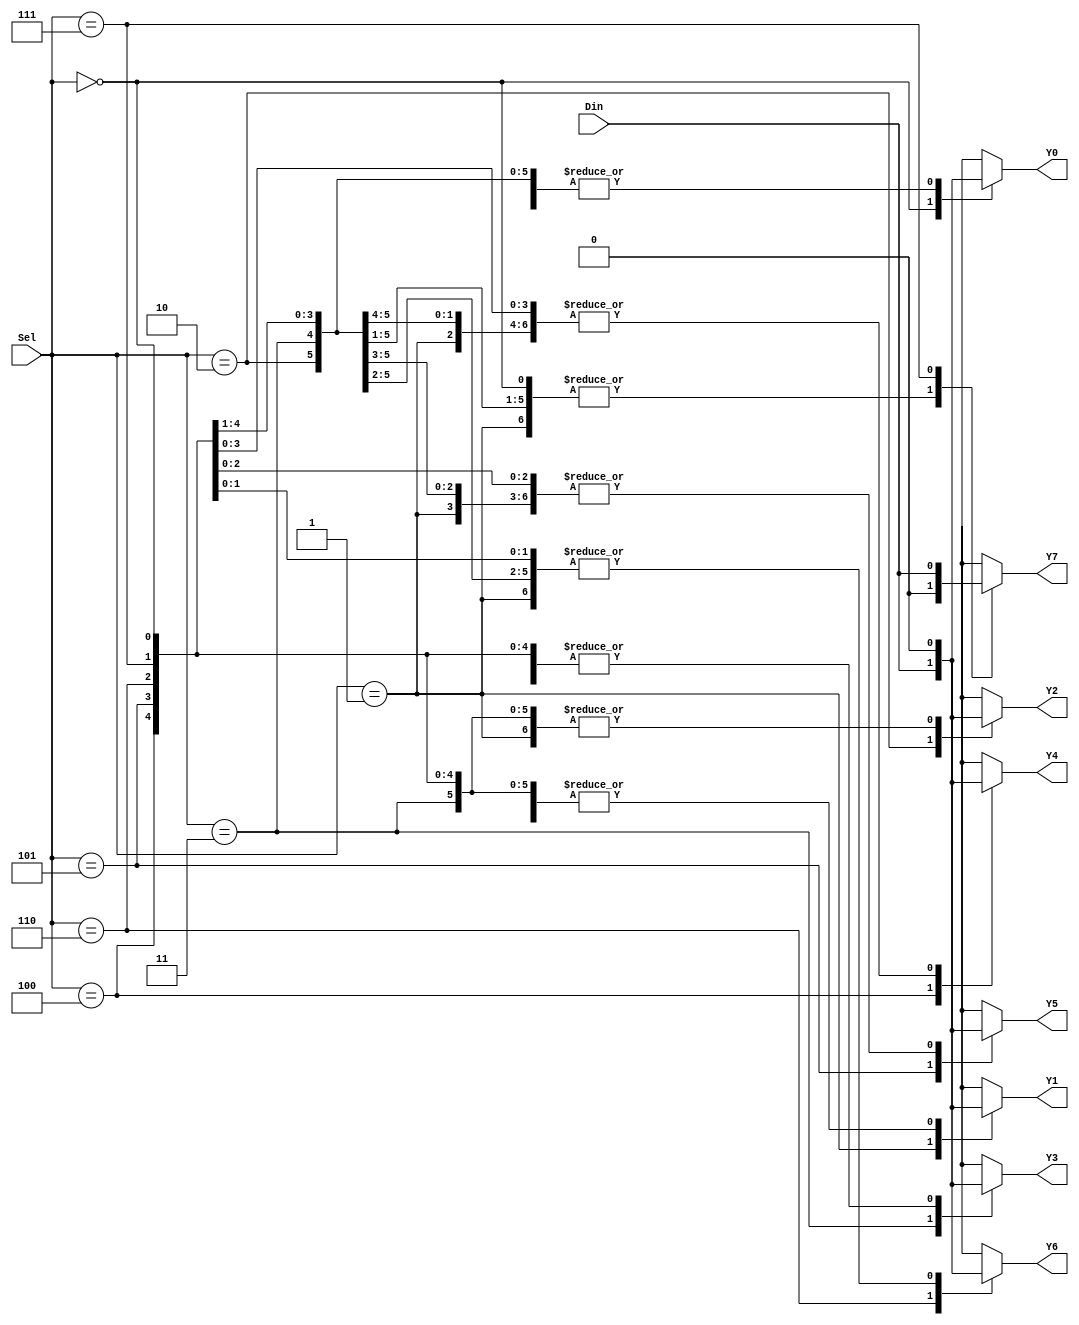
module demux(
    input [2:0] Sel,
    input Din,
    output reg Y0,
    output reg Y1,
    output reg Y2,
    output reg Y3,
    output reg Y4,
    output reg Y5,
    output reg Y6,
    output reg Y7
);

always @(*)
begin
    case(Sel)
        3'b000: begin
            Y0 = Din;
            Y1 = 0;
            Y2 = 0;
            Y3 = 0;
            Y4 = 0;
            Y5 = 0;
            Y6 = 0;
            Y7 = 0;
        end
        3'b001: begin
            Y0 = 0;
            Y1 = Din;
            Y2 = 0;
            Y3 = 0;
            Y4 = 0;
            Y5 = 0;
            Y6 = 0;
            Y7 = 0;
        end
        3'b010: begin
            Y0 = 0;
            Y1 = 0;
            Y2 = Din;
            Y3 = 0;
            Y4 = 0;
            Y5 = 0;
            Y6 = 0;
            Y7 = 0;
        end
        3'b011: begin
            Y0 = 0;
            Y1 = 0;
            Y2 = 0;
            Y3 = Din;
            Y4 = 0;
            Y5 = 0;
            Y6 = 0;
            Y7 = 0;
        end
        3'b100: begin
            Y0 = 0;
            Y1 = 0;
            Y2 = 0;
            Y3 = 0;
            Y4 = Din;
            Y5 = 0;
            Y6 = 0;
            Y7 = 0;
        end
        3'b101: begin
            Y0 = 0;
            Y1 = 0;
            Y2 = 0;
            Y3 = 0;
            Y4 = 0;
            Y5 = Din;
            Y6 = 0;
            Y7 = 0;
        end
        3'b110: begin
            Y0 = 0;
            Y1 = 0;
            Y2 = 0;
            Y3 = 0;
            Y4 = 0;
            Y5 = 0;
            Y6 = Din;
            Y7 = 0;
        end
        3'b111: begin
            Y0 = 0;
            Y1 = 0;
            Y2 = 0;
            Y3 = 0;
            Y4 = 0;
            Y5 = 0;
            Y6 = 0;
            Y7 = Din;
        end
    endcase
end

endmodule